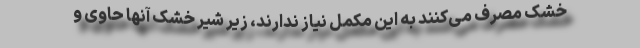
خشک مصرف می‌کنند به این مکمل نیاز ندارند، زیر شیر خشک آنها حاوی و